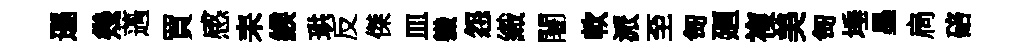
遜幾薖買感耒緱珙反傑皿軄怨織闍軟派至匋廻複美匋埵墨扃碚